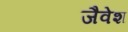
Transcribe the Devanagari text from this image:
जैवेश